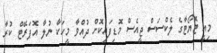
މިއީ ޓޮޔޯޓާގެ ލެކްސަސް ޖީއެސް މޮޑިފައިކޮށް ދުއްވާ މީހަކާ ނުލާ އޮޕަރޭޓް ކުރާ